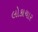
લોકાચાર